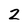
Character: 2